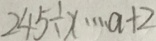
2 4 5 \div x \cdots a + 2